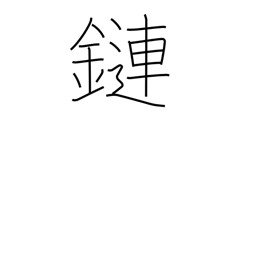
Meaning: connection